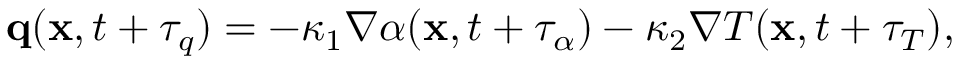
\begin{array} { r } { \mathbf q ( \mathbf x , t + \tau _ { q } ) = - \kappa _ { 1 } \nabla \alpha ( \mathbf x , t + \tau _ { \alpha } ) - \kappa _ { 2 } \nabla T ( \mathbf x , t + \tau _ { T } ) , } \end{array}